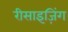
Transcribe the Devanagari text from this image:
रीसाइज़िंग